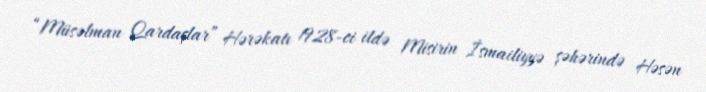
“Müsəlman Qardaşlar” Hərəkatı 1928-ci ildə Misirin İsmailiyyə şəhərində Həsən